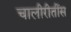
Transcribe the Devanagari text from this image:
चालीरीतींस